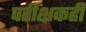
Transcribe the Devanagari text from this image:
परीक्षकही